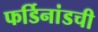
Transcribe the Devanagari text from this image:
फर्डिनांडची